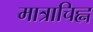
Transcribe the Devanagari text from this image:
मात्राचिह्न